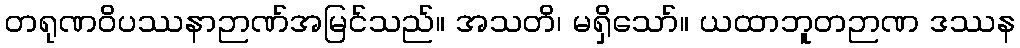
တရုဏဝိပဿနာဉာဏ်အမြင်သည်။ အသတိ၊ မရှိသော်။ ယထာဘူတဉာဏ ဒဿန